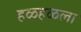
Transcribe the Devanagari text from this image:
हळहळला